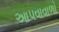
આપવાવાળો